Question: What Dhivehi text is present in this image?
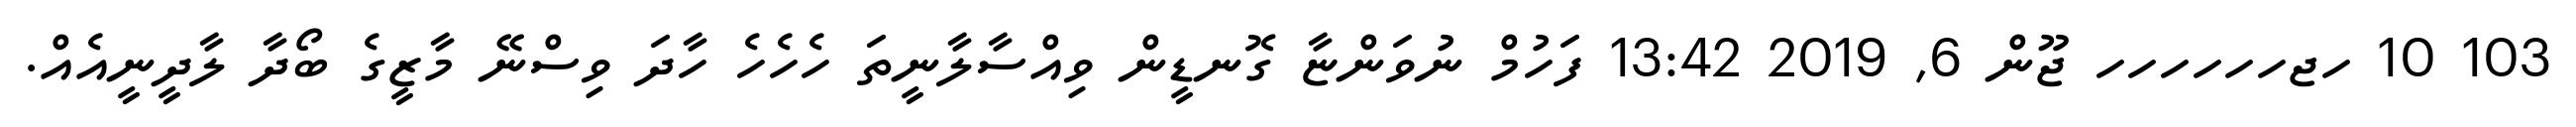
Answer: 103 10 ހޖހހހހހހ ޖޫން 6, 2019 13:42 ފަހުމް ނުވަންޏާ ގޮނޑީން ވިއްސާލާނީތަ ހެހެހެ ހާދަ ވިސްނޭ މާޒީގެ ބޯދާ ލާދީނީއެއް.